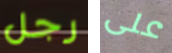
رجل على